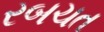
રબચત